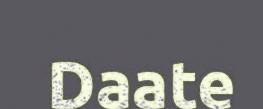
Daate